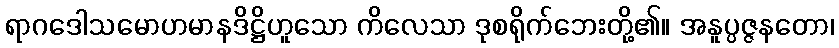
ရာဂဒေါသမောဟမာနဒိဋ္ဌိဟူသော ကိလေသာ ဒုစရိုက်ဘေးတို့၏။ အနူပ္ပဇ္ဇနတော၊